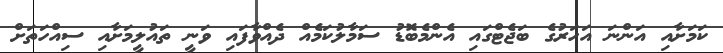
ކަމަށާއި އަންނަ އަހަރުގެ ބަޖެޓްގައި އެންމެބޮޑު ސަމާލުކަމެއް ދެއްވާފައި ވަނީ ތައުލީމަށާއި ސިއްހަތަށް